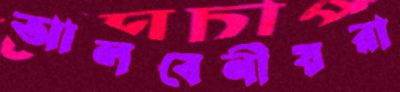
আলবেনীয়রা